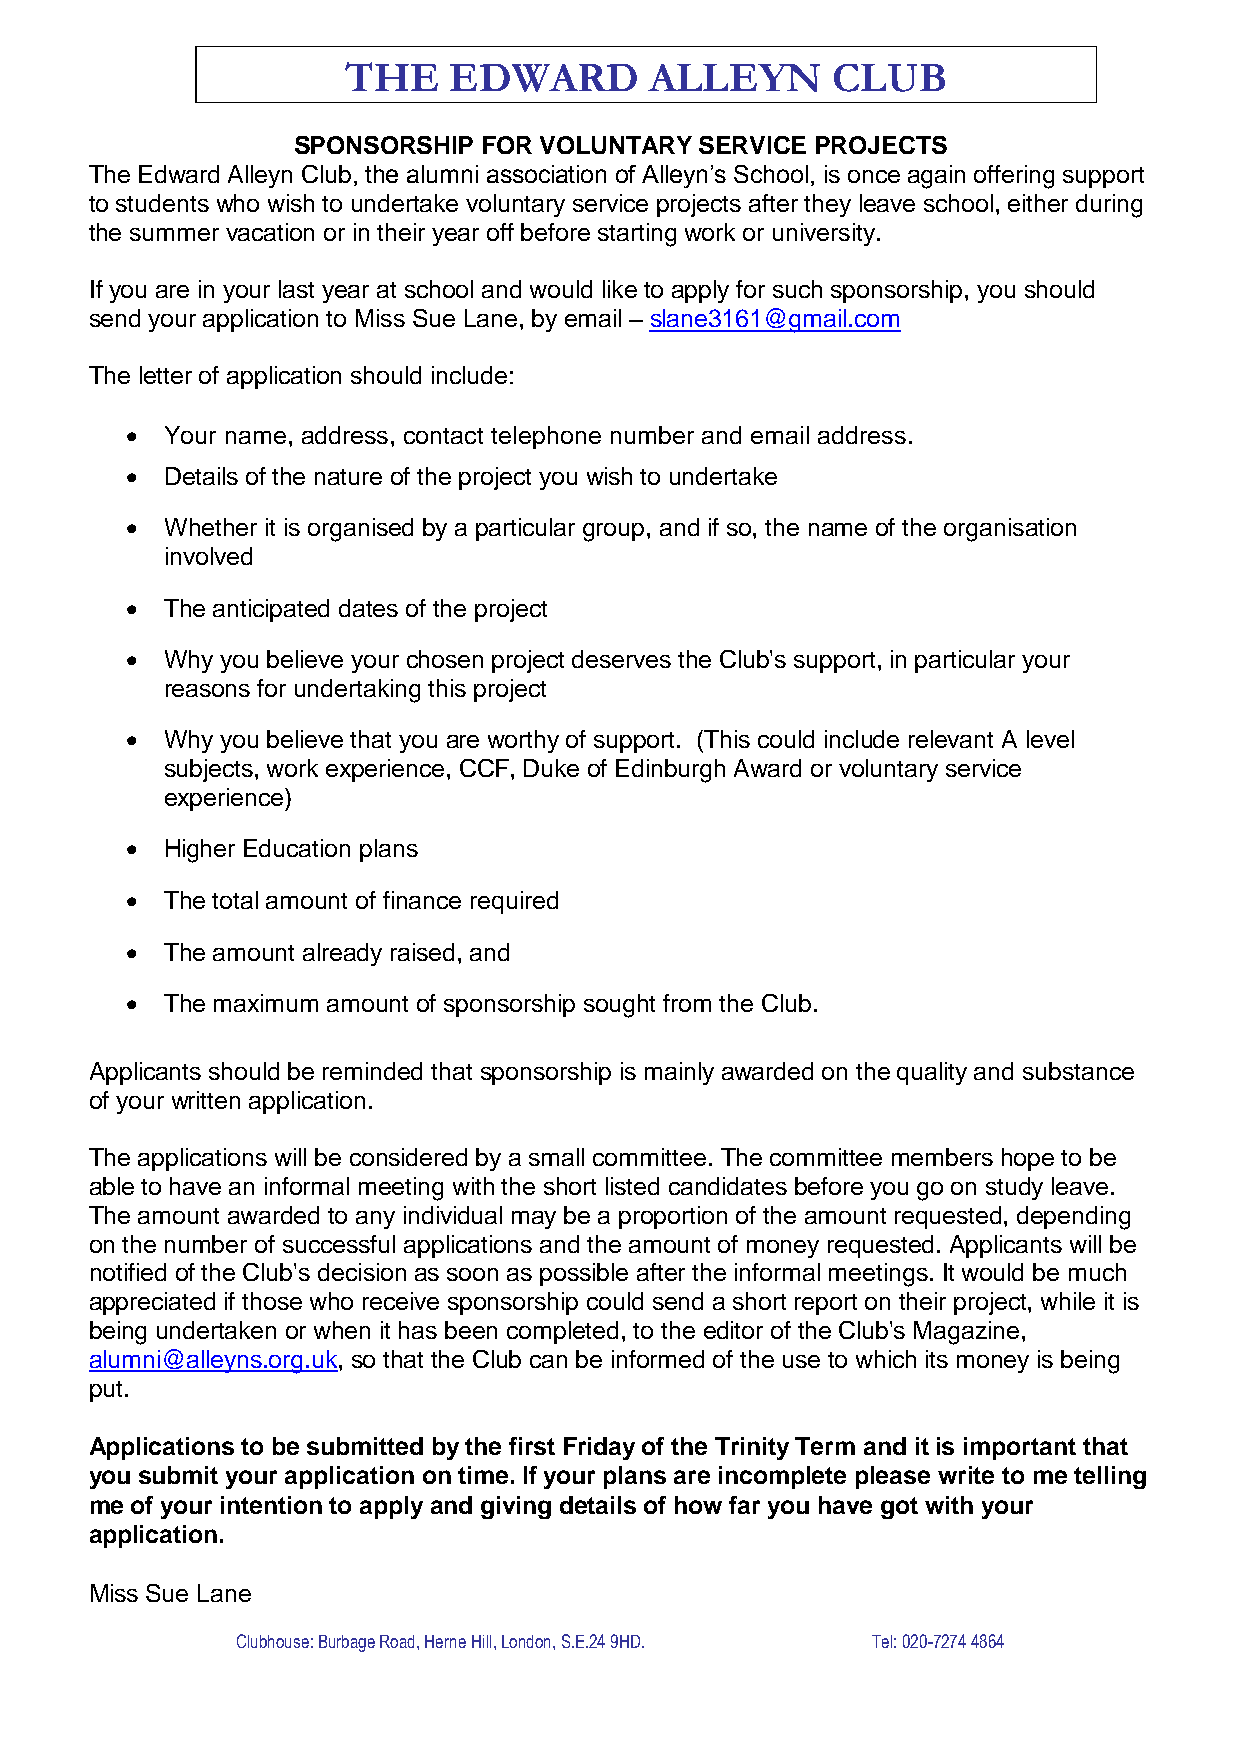
THE    EDWARD       ALLEYN      CLUB
 SPONSORSHIP  FOR VOLUNTARY SERVICE PROJECTS
 The Edward Alleyn Club, the alumni association of Alleyn’s School, is once again offering support
 to students who wish to undertake voluntary service projects after they leave school, either during
 the summer vacation or in their year off before starting work or university.
 If you are in your last year at school and would like to apply for such sponsorship, you should
 send your application to Miss Sue Lane, by email – slane3161@gmail.com
 The letter of application should include:
   Your name, address, contact telephone number and email address.
   Details of the nature of the project you wish to undertake
   Whether it is organised by a particular group, and if so, the name of the organisation
 involved
   The anticipated dates of the project
   Why you believe your chosen project deserves the Club's support, in particular your
 reasons for undertaking this project
   Why you believe that you are worthy of support. (This could include relevant A level
 subjects, work experience, CCF, Duke of Edinburgh Award or voluntary service
 experience)
   Higher Education plans
   The total amount of finance required
   The amount already raised, and
   The maximum amount of sponsorship sought from the Club.
 Applicants should be reminded that sponsorship is mainly awarded on the quality and substance
 of your written application.
 The applications will be considered by a small committee. The committee members hope to be
 able to have an informal meeting with the short listed candidates before you go on study leave.
 The amount awarded to any individual may be a proportion of the amount requested, depending
 on the number of successful applications and the amount of money requested. Applicants will be
 notified of the Club's decision as soon as possible after the informal meetings. It would be much
 appreciated if those who receive sponsorship could send a short report on their project, while it is
 being undertaken or when it has been completed, to the editor of the Club's Magazine,
 alumni@alleyns.org.uk, so that the Club can be informed of the use to which its money is being
 put.
 Applications to be submitted by the first Friday of the Trinity Term and it is important that
 you submit your application on time. If your plans are incomplete please write to me telling
 me of your intention to apply and giving details of how far you have got with your
 application.
 Miss Sue Lane
 Clubhouse: Burbage Road, Herne Hill, London, S.E.24 9HD. Tel: 020-7274 4864